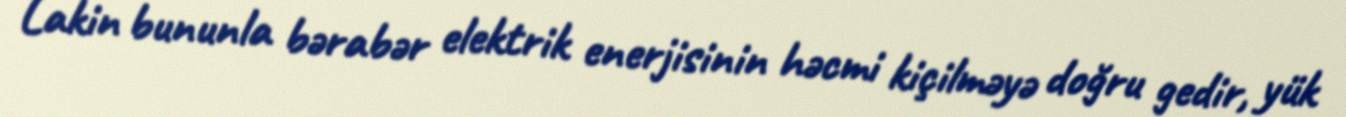
Lakin bununla bərabər elektrik enerjisinin həcmi kiçilməyə doğru gedir, yük